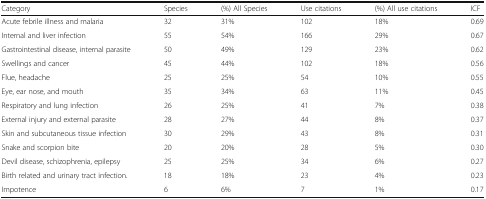
| Category | Species | (%) All Species | Use citations | (%) All use citations | ICF |
 | --- | --- | --- | --- | --- | --- |
 | Acute febrile illness and malaria | 32 | 31% | 102 | 18% | 0.69 |
 | Internal and liver infection | 55 | 54% | 166 | 29% | 0.67 |
 | Gastrointestinal disease, internal parasite | 50 | 49% | 129 | 23% | 0.62 |
 | Swellings and cancer | 45 | 44% | 102 | 18% | 0.56 |
 | Flue, headache | 25 | 25% | 54 | 10% | 0.55 |
 | Eye, ear nose, and mouth | 35 | 34% | 63 | 11% | 0.45 |
 | Respiratory and lung infection | 26 | 25% | 41 | 7% | 0.38 |
 | External injury and external parasite | 28 | 27% | 44 | 8% | 0.37 |
 | Skin and subcutaneous tissue infection | 30 | 29% | 43 | 8% | 0.31 |
 | Snake and scorpion bite | 20 | 20% | 28 | 5% | 0.30 |
 | Devil disease, schizophrenia, epilepsy | 25 | 25% | 34 | 6% | 0.27 |
 | Birth related and urinary tract infection. | 18 | 18% | 23 | 4% | 0.23 |
 | Impotence | 6 | 6% | 7 | 1% | 0.17 |